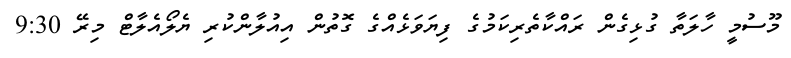
މޫސުމީ ހާލަތާ ގުޅިގެން ރައްކާތެރިކަމުގެ ފިޔަވަޅެއްގެ ގޮތުން އިއުލާންކުރި ޔެލޯއެލާޓް މިރޭ 9:30